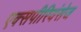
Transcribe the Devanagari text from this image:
एक्‍सपीरियंसेज